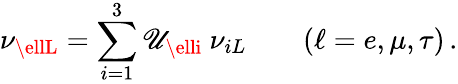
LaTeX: \nu_{\ellL}=\sum_{i=1}^{3}\mathscr{U}_{\elli}\ \nu_{iL}\qquad(\ell=e,\mu,\tau)\, .